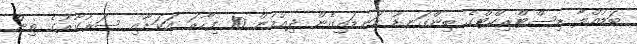
ބަޑުއްލާ ޑިސްޓްރިކްޓްގެ ބިންގަނޑު ކަނޑައިގެން ދިއުމުން 10 ފިހާރަ އަކަށާއި ސަރުކާރުގެ ތިން